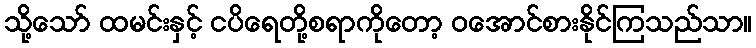
သို့သော် ထမင်းနှင့် ငပိရေတို့စရာကိုတော့ ဝအောင်စားနိုင်ကြသည်သာ။